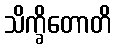
သိက္ခိတောတိ